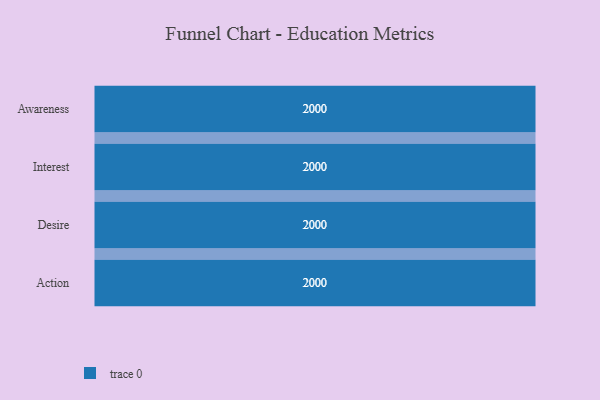
{"axis": {"x": "Stage", "y": "Value"}, "legend": [""], "data": [{"x": "Awareness", "y": 2000, "type": ""}, {"x": "Interest", "y": 2000, "type": ""}, {"x": "Desire", "y": 2000, "type": ""}, {"x": "Action", "y": 2000, "type": ""}]}